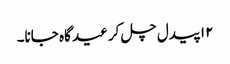
۱۲ پیدل چل کر عید گاہ جانا۔